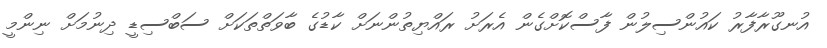
އުނގޫރާފާރު ކައުންސިލުން ފާސްކޮށްގެން އެރަށު ރައްޔިތުންނަށް ކާޑުގެ ބާވަތްތަކަށް ސަބްސިޑީ ދިނުމަށް ނިންމީ